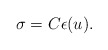
\begin{align*}\sigma=C\epsilon(u).\end{align*}